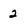
Character: 2